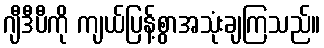
ဂျီဒီပီကို ကျယ်ပြန့်စွာအသုံးချကြသည်။